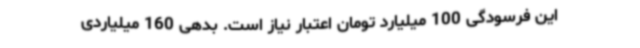
این فرسودگی 100 میلیارد تومان اعتبار نیاز است. بدهی 160 میلیاردی